Annual report of the Punjab Veterinary College and of the Civil Veterinary Department, Punjab - 1920-1925
Year: 1920
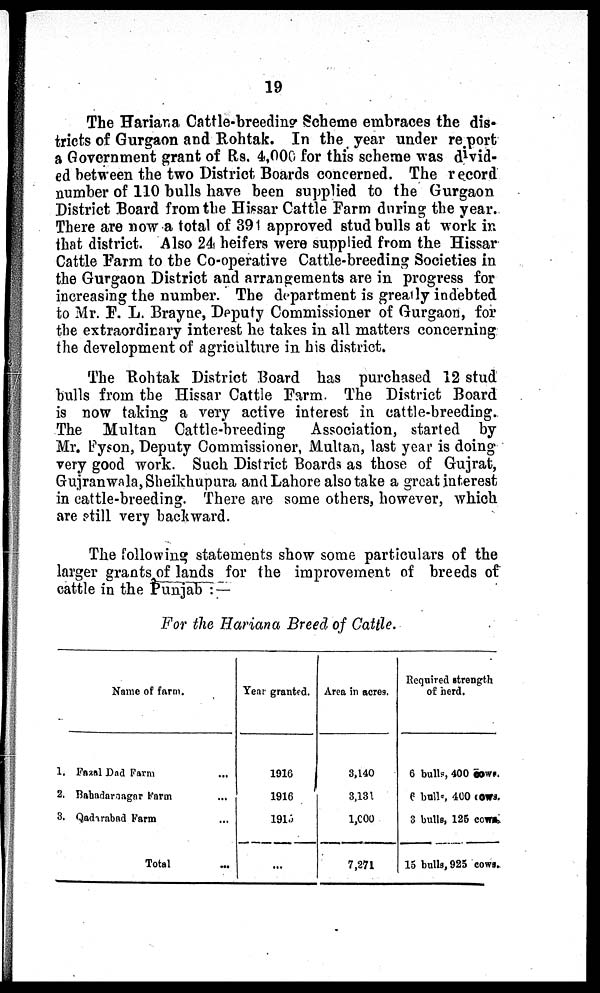
19
The Hariana Cattle-breeding Scheme embraces the dis-
tricts of Gurgaon and Rohtak. In the year under re port
a Government grant of Rs. 4,000 for this scheme was divid-
ed between the two District Boards concerned. The record
number of 110 bulls have been supplied to the Gurgaon
District Board from the Hissar Cattle Farm during the year.
There are now a total of 391 approved stud bulls at work in
that district. Also 24 heifers were supplied from the Hissar
Cattle Farm to the Co-operative Cattle-breeding Societies in
the Gurgaon District and arrangements are in progress for
increasing the number. The department is greatly indebted.
to Mr. F. L. Brayne, Deputy Commissioner of Gurgaon, for
the extraordinary interest he takes in all matters concerning
the development of agriculture in his district.
The Rohtak District Board has purchased 12 stud
bulls from the Hissar Cattle Farm. The District Board
is now taking a very active interest in cattle-breeding.
The Multan Cattle-breeding
Association, started by
Mr. Fyson, Deputy Commissioner, Multan, last year is doing
very good work. Such District Boards as those of Gujrat,
Gujranwala, Sheikhupura and Lahore also take a great interest
in cattle-breeding. There are some others, however, which
are still very backward.
The following statements show some particulars of the
larger grants of lands for the improvement of breeds of
cattle in the Punjab:—
For the Hariana Breed of Cattle.
Name of farm.
1. Fazal Dad Farm ...
2. Babadarsagar Farm ...
3. Qadarabad Farm ...
Total ...
Year granted.
1916
1916
1915
...
Area in acres.
3,140
3,131
1,000
7,271
Required strength
of herd.
6 bulls, 400 cows.
6 bulls 400 cows.
3 bulls, 125 cows.
15 bulls, 925 cows.